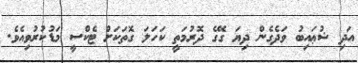
އަދި ޝުޢައިބު ވަދެގެން ދިޔަ ގޭގެ ދޮރުމަތީ ކަހަލަ ގޮތަކަށް ޓެކްސީ މަޑުކުރުވިއެވެ.